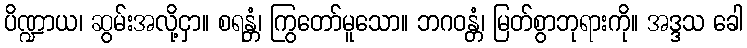
ပိဏ္ဍာယ၊ ဆွမ်းအလို့ငှာ။ စရန္တံ၊ ကြွတော်မူသော။ ဘဂဝန္တံ၊ မြတ်စွာဘုရားကို။ အဒ္ဒသ ခေါ